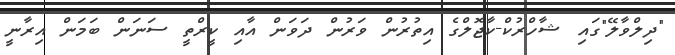
"ދިލްވާލޭ"ގައި ޝާހްރުކް-ކާޖޮލްގެ އިތުރުން ވަރުން ދަވަން އާއި ކީރްތީ ސަނަން ބަމަން އިރާނީ